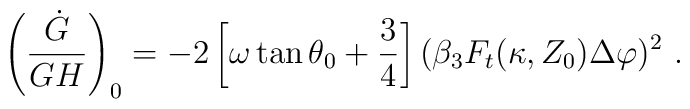
\left( {\dot G\over GH}\right)_0 = - 2\left[ \omega \tan \theta_0 + {3\over 4} \right](\beta_3 F_t (\kappa, Z_0) \Delta \varphi)^2\ .